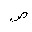
Letter: _sad